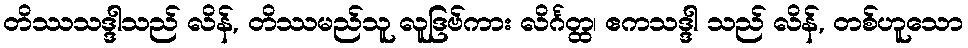
တိဿသဒ္ဒါသည် လိန်, တိဿမည်သူ လူဒြဗ်ကား လိင်္ဂတ္ထ၊ ဧကသဒ္ဒါ သည် လိန်, တစ်ဟူသော